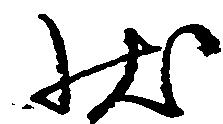
状